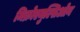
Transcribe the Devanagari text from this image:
मिक्रोएमुल्सिओन